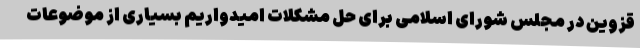
قزوین در مجلس شورای اسلامی برای حل مشکلات امیدواریم بسیاری از موضوعات